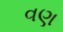
વણ